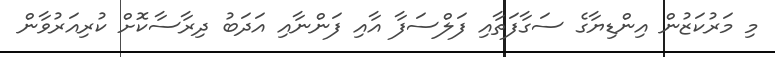
މި މަރުކަޒުން އިންޑިޔާގެ ސަގާފަތާއި ފަލްސަފާ އާއި ފަންނާއި އަދަބު ދިރާސާކޮށް ކުރިއަރުވާން